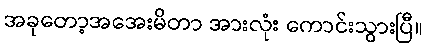
အခုတော့အအေးမိတာ အားလုံး ကောင်းသွားပြီ။